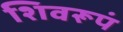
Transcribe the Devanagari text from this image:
शिवरूपं